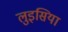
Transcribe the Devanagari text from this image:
लुइसिया